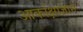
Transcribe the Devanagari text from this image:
आकांक्षाज्ञान